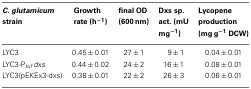
<table><thead><tr><td><b><i>C. glutamicum</i> strain</b></td><td><b>Growth rate (h<sup>−1</sup>)</b></td><td><b>final OD (600 nm)</b></td><td><b>Dxs sp. act. (mU mg<sup>−1</sup>)</b></td><td><b>Lycopene production (mg g<sup>−1</sup> DCW)</b></td></tr></thead><tbody><tr><td>LYC3</td><td>0.45 ± 0.01</td><td>27 ± 1</td><td>9 ± 1</td><td>0.04 ± 0.01</td></tr><tr><td>LYC3-P<sub><i>tuf</i></sub><i>dxs</i></td><td>0.44 ± 0.02</td><td>24 ± 2</td><td>16 ± 1</td><td>0.08 ± 0.01</td></tr><tr><td>LYC3(pEKEx3-dxs)</td><td>0.38 ± 0.01</td><td>22 ± 2</td><td>26 ± 3</td><td>0.06 ± 0.01</td></tr></tbody></table>